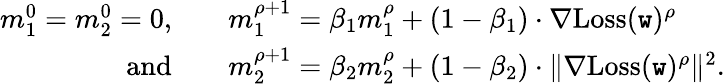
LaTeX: \begin{array}{rl}{m_{1}^{0}=m_{2}^{0}=0,\quad}&{m_{1}^{\rho+1}=\beta_{1}m_{1}^{\rho}+(1-\beta_{1})\cdot\nabla\mathrm{Loss}(\texttt{w})^{\rho}}\\ {\mathrm{and}\quad}&{m_{2}^{\rho+1}=\beta_{2}m_{2}^{\rho}+(1-\beta_{2})\cdot\Vert\nabla\mathrm{Loss}(\texttt{w})^{\rho}\Vert^{2}.}\end{array}